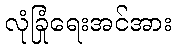
လုံခြုံရေးအင်အား